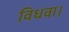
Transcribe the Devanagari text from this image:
विधवा।